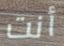
أنت